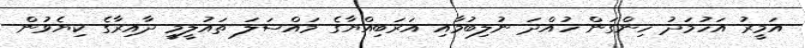
އަމީރު އަހުމަދު ހިންގަން ހުއްދަ ނުލިބުމާއި އަރަބިއްޔާގެ މައްސަލަ ތައުލީމީ ދާއިރާގެ ކިޔެވުން